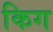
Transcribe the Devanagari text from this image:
किग